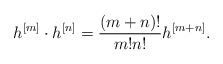
\begin{align*} h^{[m]} \cdot h^{[n]} = \frac{(m + n)!}{m! n!} h^{[m + n]}. \end{align*}